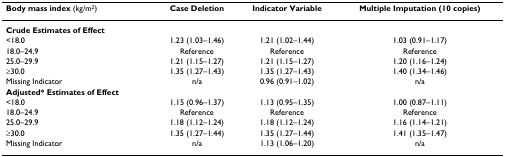
| Body mass index (kg/m2) | Case Deletion | Indicator Variable | Multiple Imputation (10 copies) |
 | --- | --- | --- | --- |
 | Crude Estimates of Effect |
 | <18.0 | 1.23 (1.03–1.46) | 1.21 (1.02–1.44) | 1.03 (0.91–1.17) |
 | 18.0–24.9 | Reference | Reference | Reference |
 | 25.0–29.9 | 1.21 (1.15–1.27) | 1.21 (1.15–1.27) | 1.20 (1.16–1.24) |
 | ≥30.0 | 1.35 (1.27–1.43) | 1.35 (1.27–1.43) | 1.40 (1.34–1.46) |
 | Missing Indicator | n/a | 0.96 (0.91–1.02) | n/a |
 | Adjusted* Estimates of Effect |
 | <18.0 | 1.15 (0.96–1.37) | 1.13 (0.95–1.35) | 1.00 (0.87–1.11) |
 | 18.0–24.9 | Reference | Reference | Reference |
 | 25.0–29.9 | 1.18 (1.12–1.24) | 1.18 (1.12–1.24) | 1.16 (1.14–1.21) |
 | ≥30.0 | 1.35 (1.27–1.44) | 1.35 (1.27–1.44) | 1.41 (1.35–1.47) |
 | Missing Indicator | n/a | 1.13 (1.06–1.20) | n/a |